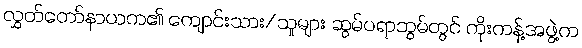
လွှတ်တော်နာယက၏ ကျောင်းသား/သူများ ဆွမ်ပရာဘွမ်တွင် ကိုးကန့်အဖွဲ့က